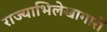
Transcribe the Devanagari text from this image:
राज्याभिलेखागारों